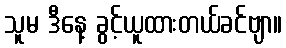
သူမ ဒီနေ့ ခွင့်ယူထားတယ်ခင်ဗျာ။